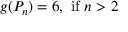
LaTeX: g ( P _ { n } ) = 6 { \mathrm { , ~ i f ~ } } n > 2